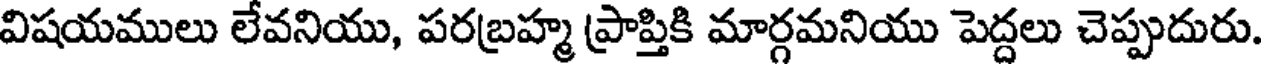
విషయములు లేవనియు, పరబ్రహ్మ ప్రాప్తికి మార్గమనియు పెద్దలు చెప్పుదురు.